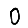
Digit: 0